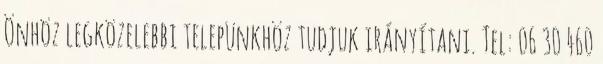
Önhöz legközelebbi telepünkhöz tudjuk irányítani. Tel: 06 30 460